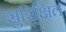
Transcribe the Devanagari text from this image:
सुरिक्षित